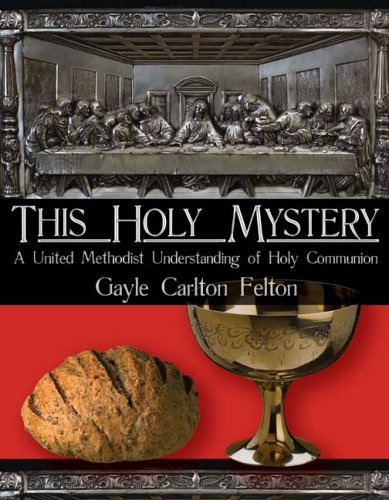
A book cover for This Holy Mystery: A United Methodist Understanding of Holy Communion; Gayle Carlton Felton; Christian Books & Bibles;